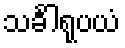
သင်္ခါရုပယံ